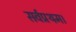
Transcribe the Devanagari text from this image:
सर्वप्रथम।